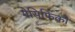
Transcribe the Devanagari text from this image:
पेसिफिको